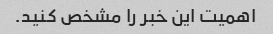
اهمیت این خبر را مشخص کنید.